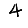
Digit: 4